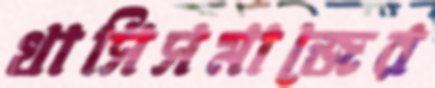
খাসিসমাজের